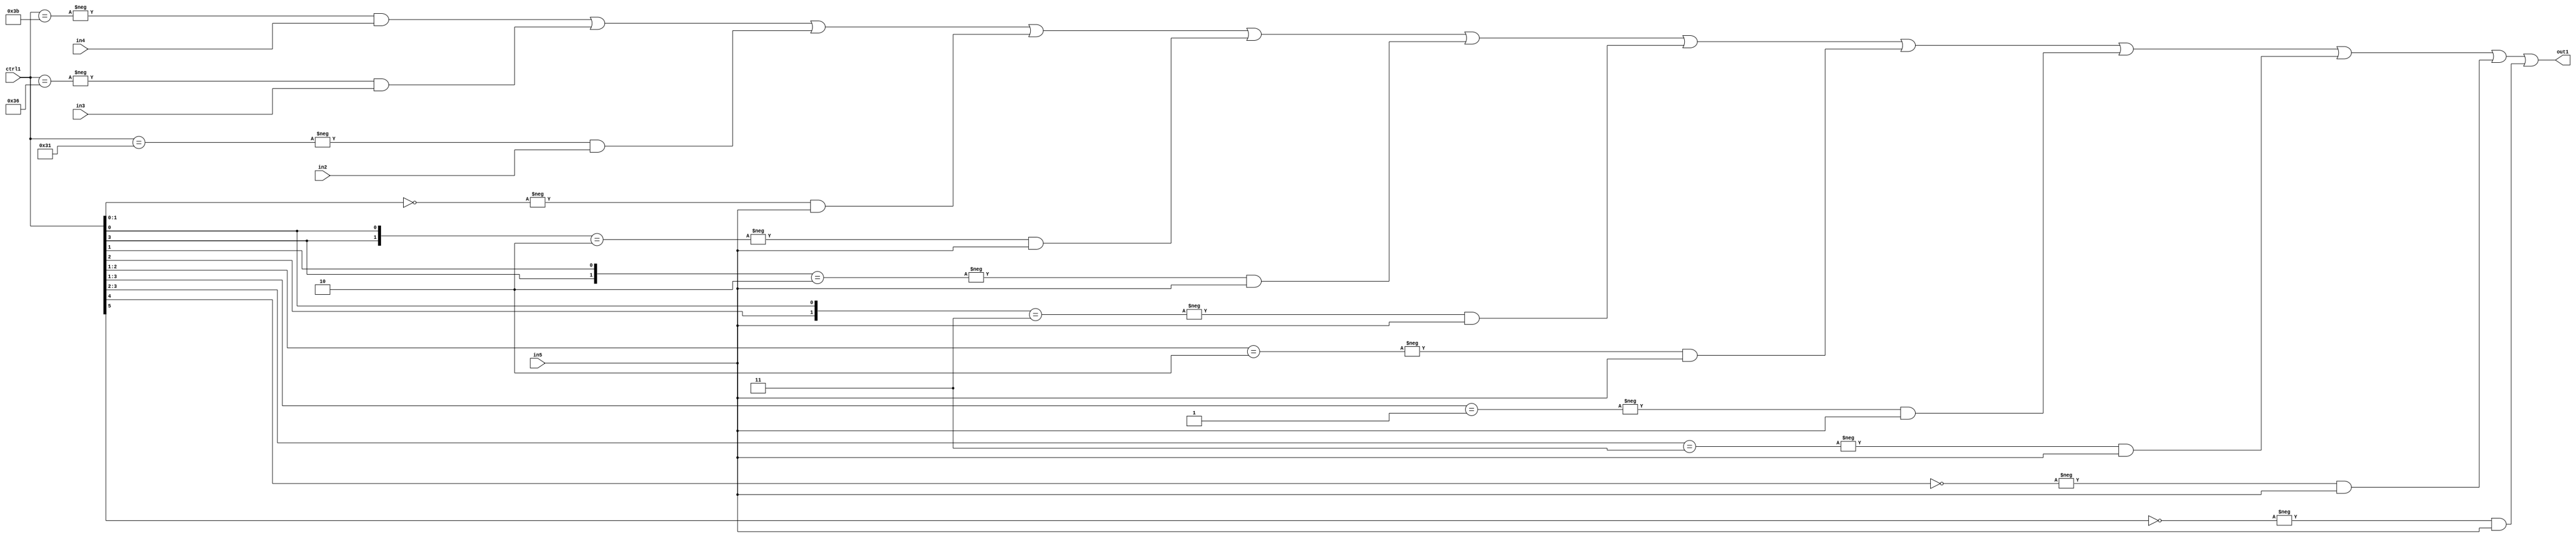
`timescale 1ps / 1ps
/*****************************************************************************
    Verilog RTL Description
    
    
    Created by: Stratus DpOpt 21.05.01 
*******************************************************************************/

module SobelFilter_N_Mux_32_4_53_1 (
	in5,
	in4,
	in3,
	in2,
	ctrl1,
	out1
	); /* architecture "behavioural" */ 
input [31:0] in5;
input [8:0] in4,
	in3,
	in2;
input [5:0] ctrl1;
output [31:0] out1;
wire [31:0] asc001;

assign asc001 = 
	-{ctrl1 == 6'B111011} & in4 |
	-{ctrl1 == 6'B110110} & in3 |
	-{ctrl1 == 6'B110001} & in2 |
	-{ctrl1[1:0] == 2'B00} & in5 |
	-{{ctrl1[3], ctrl1[0]} == 2'B10} & in5 |
	-{{ctrl1[3], ctrl1[1]} == 2'B10} & in5 |
	-{{ctrl1[2], ctrl1[0]} == 2'B11} & in5 |
	-{ctrl1[2:1] == 2'B10} & in5 |
	-{ctrl1[3:1] == 3'B001} & in5 |
	-{ctrl1[3:2] == 2'B11} & in5 |
	-{ctrl1[4] == 1'B0} & in5 |
	-{ctrl1[5] == 1'B0} & in5 ;

assign out1 = asc001;
endmodule

/* CADENCE  vbPyQgg= : u9/ySxbfrwZIxEzHVQQV8Q== ** DO NOT EDIT THIS LINE ******/